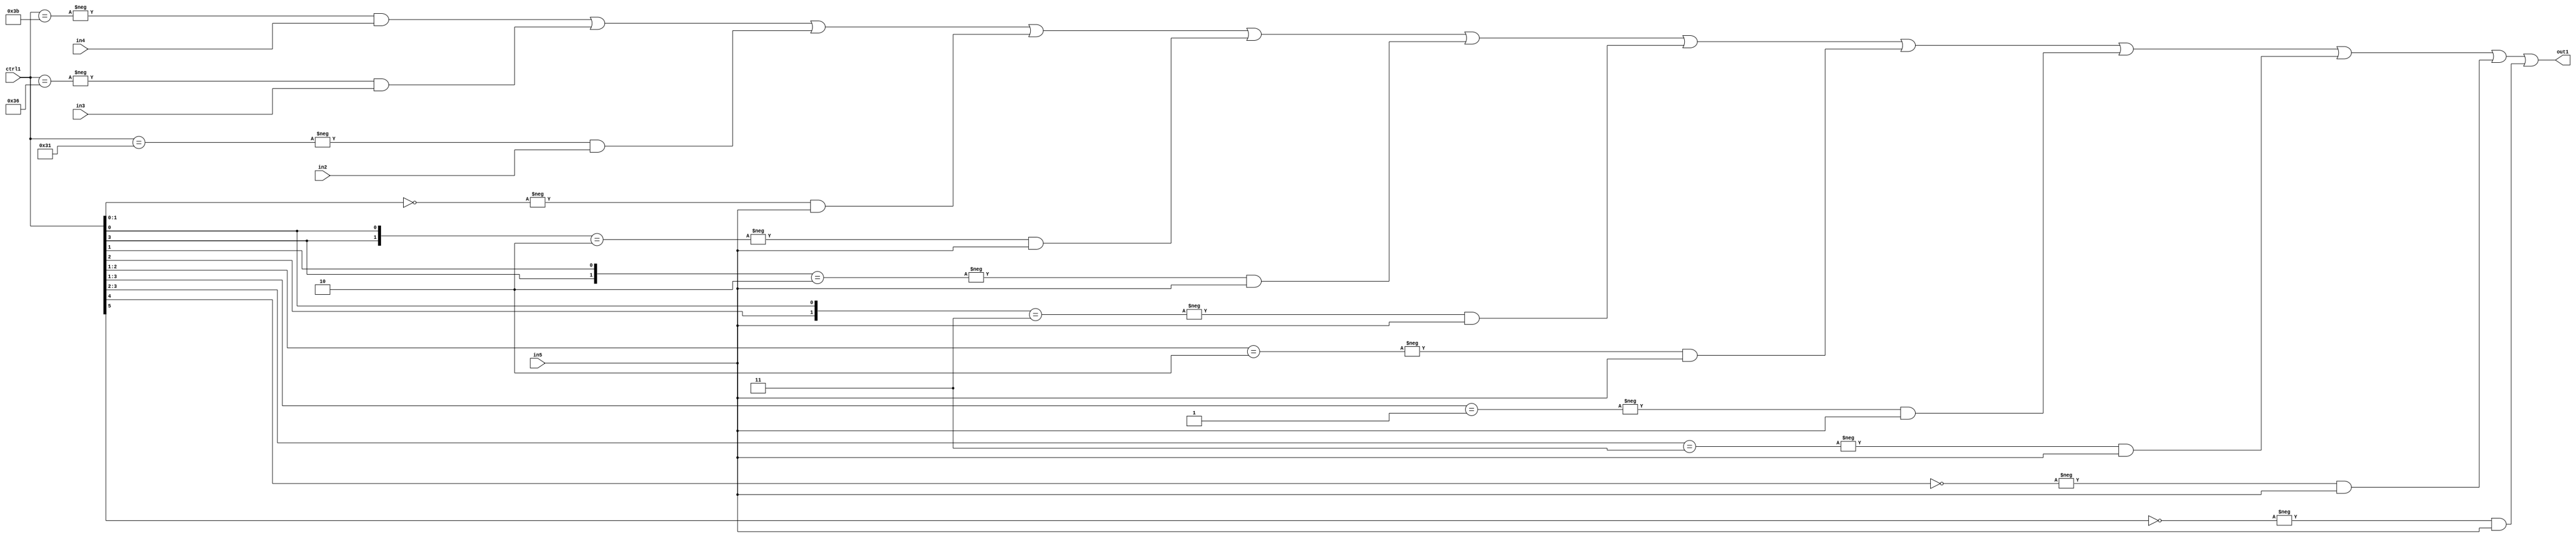
`timescale 1ps / 1ps
/*****************************************************************************
    Verilog RTL Description
    
    
    Created by: Stratus DpOpt 21.05.01 
*******************************************************************************/

module SobelFilter_N_Mux_32_4_53_1 (
	in5,
	in4,
	in3,
	in2,
	ctrl1,
	out1
	); /* architecture "behavioural" */ 
input [31:0] in5;
input [8:0] in4,
	in3,
	in2;
input [5:0] ctrl1;
output [31:0] out1;
wire [31:0] asc001;

assign asc001 = 
	-{ctrl1 == 6'B111011} & in4 |
	-{ctrl1 == 6'B110110} & in3 |
	-{ctrl1 == 6'B110001} & in2 |
	-{ctrl1[1:0] == 2'B00} & in5 |
	-{{ctrl1[3], ctrl1[0]} == 2'B10} & in5 |
	-{{ctrl1[3], ctrl1[1]} == 2'B10} & in5 |
	-{{ctrl1[2], ctrl1[0]} == 2'B11} & in5 |
	-{ctrl1[2:1] == 2'B10} & in5 |
	-{ctrl1[3:1] == 3'B001} & in5 |
	-{ctrl1[3:2] == 2'B11} & in5 |
	-{ctrl1[4] == 1'B0} & in5 |
	-{ctrl1[5] == 1'B0} & in5 ;

assign out1 = asc001;
endmodule

/* CADENCE  vbPyQgg= : u9/ySxbfrwZIxEzHVQQV8Q== ** DO NOT EDIT THIS LINE ******/